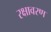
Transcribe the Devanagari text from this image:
रक्षावरण